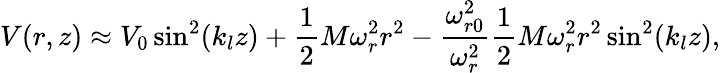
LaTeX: V(r,z)\approx V_{0}\sin^{2}(k_{l}z)+\frac{1}{2}M\omega_{r}^{2}r^{2}-\frac{\omega_{r0}^{2}}{\omega_{r}^{2}}\frac{1}{2}M\omega_{r}^{2}r^{2}\sin^{2}(k_{l}z),